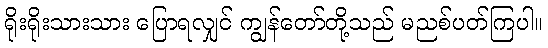
ရိုးရိုးသားသား ပြောရလျှင် ကျွန်တော်တို့သည် မညစ်ပတ်ကြပါ။